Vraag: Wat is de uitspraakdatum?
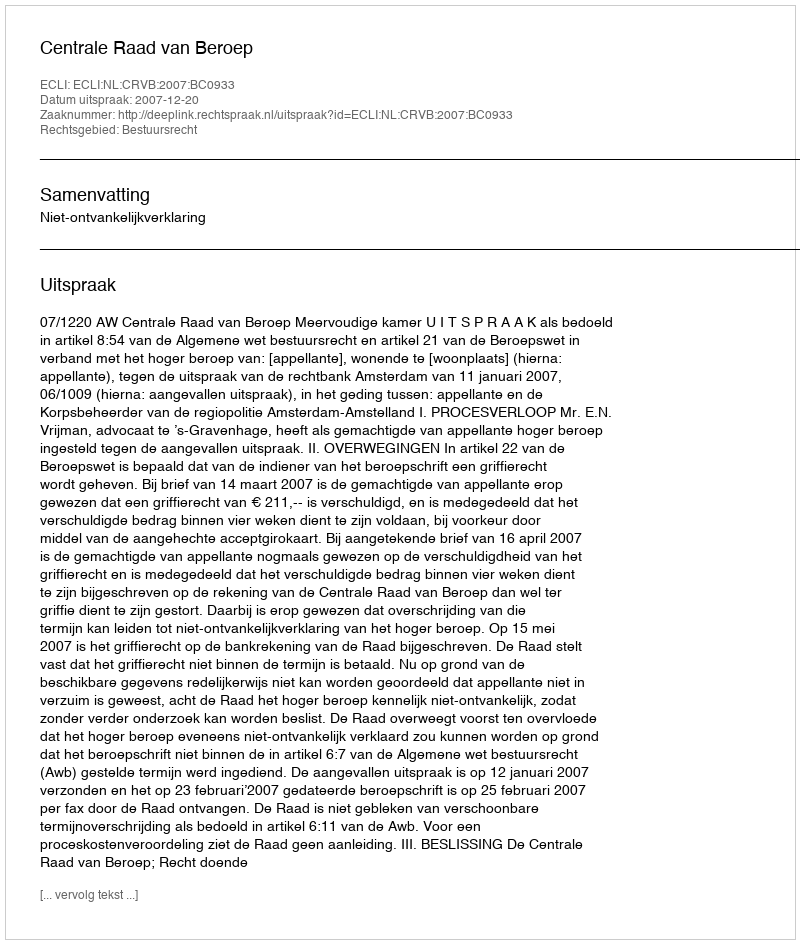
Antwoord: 2007-12-20